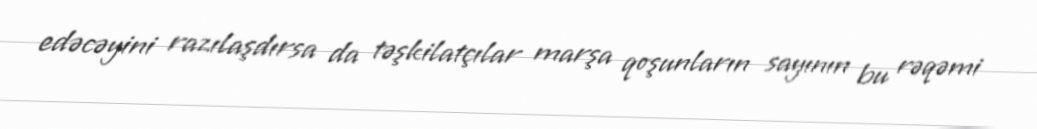
edəcəyini razılaşdırsa da təşkilatçılar marşa qoşunların sayının bu rəqəmi